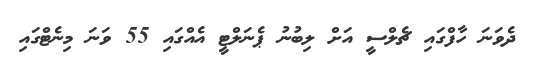
ދެވަނަ ހާފްގައި ޗެލްސީ އަށް ލިބުނު ޕެނަލްޓީ އެއްގައި 55 ވަނަ މިނެޓްގައި